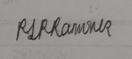
Signature authenticity: genuine